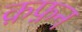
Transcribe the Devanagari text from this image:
क़फ़न